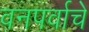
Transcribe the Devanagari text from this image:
वनपर्वाचे